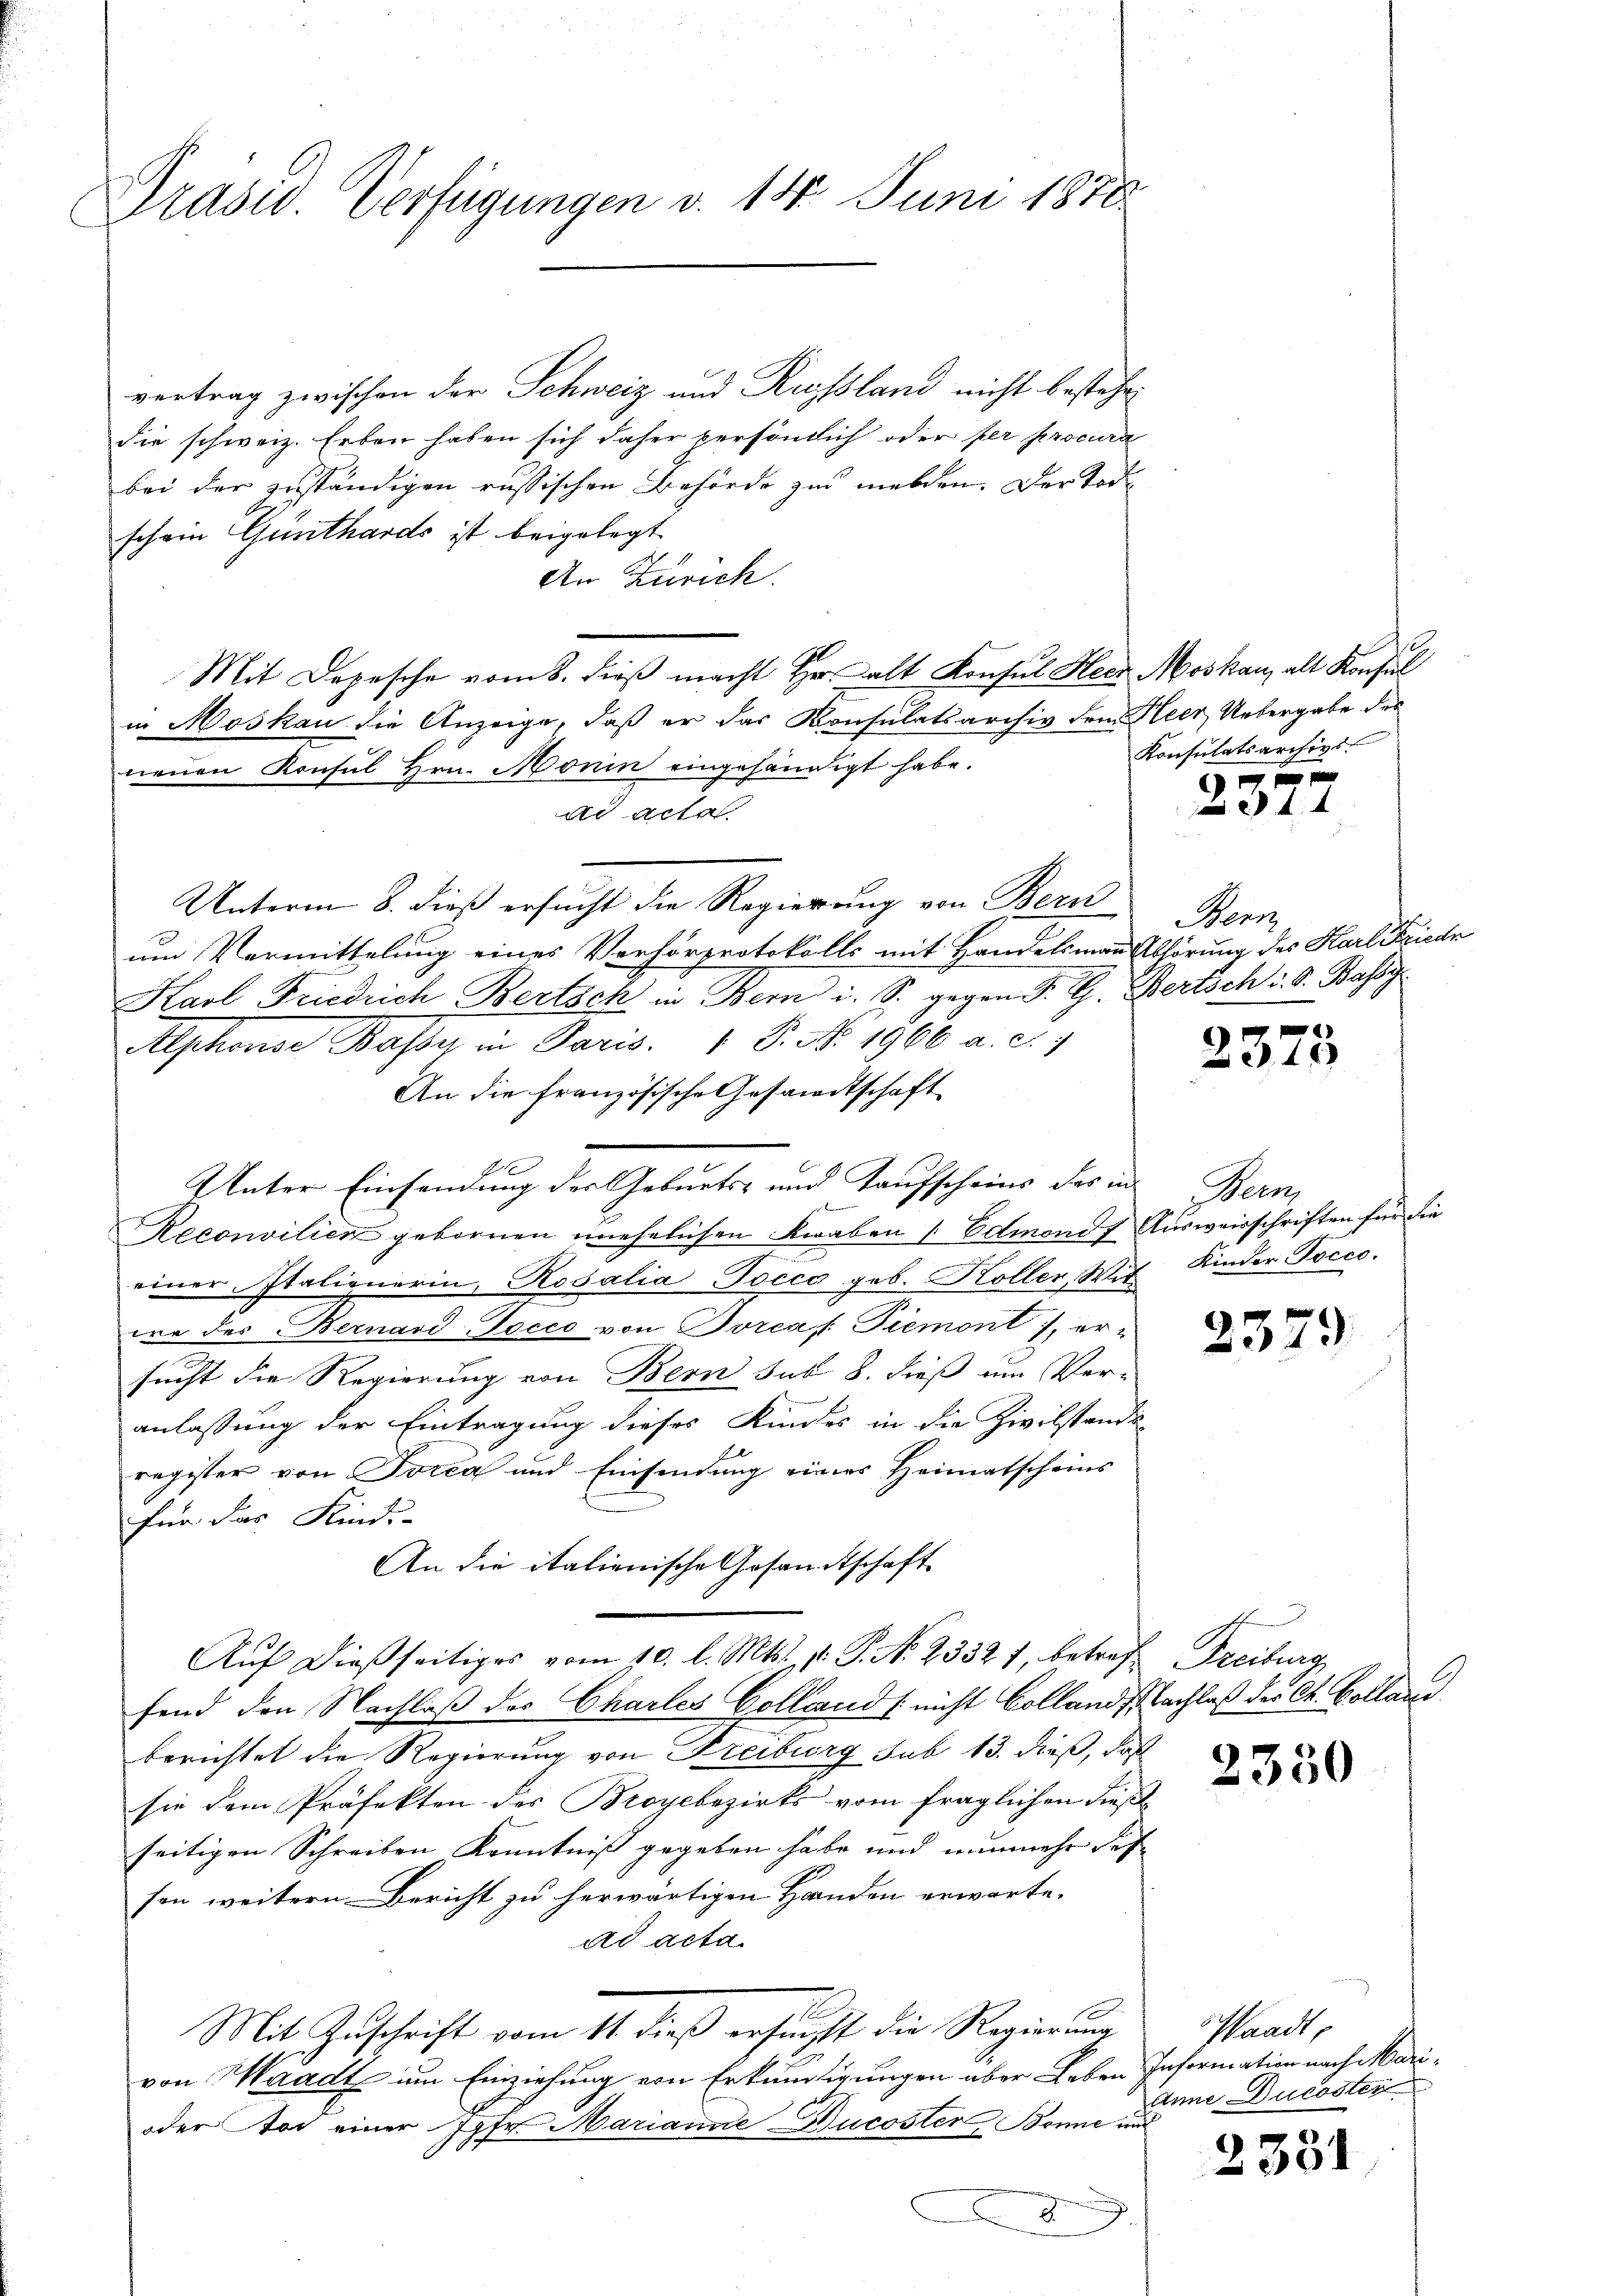
Präsid. Verfügungen v. 14. Juni 1878

vertrag zwischen der Schweiz und Russland nicht bestehen
die schweiz. Erben haben sich daher versönlich oder per procura
bei der zuständigen russischen Behörde zu melden. Der Todschein Günthards ist beigelegt.
An Zürich.
Mit Depesche vom 8. dieß macht Hr. alt Konsul Herr Moskau, alt Konsul
in Moskau die Anzeige, daß er das Konsulatsarchiv dem Heer, Uebergabe des
neuen Konsul Hrn. Monin eingehändigt habe.
ad acta
Unterm 8. dieß ersucht die Regierung von Bern
um Vormittelung eines Verhörprotokolls mit Handelsmann Abhörung des Karl Friedr
Karl Friedrich Bertsch in Bern i. S. gegen P. G. Bertsch: S. Bassy
Alphonse Bassy in Paris. 1 S. Nr. 1966 a. c.
An die französische Gesandtschaft
Unter Einsendung der Geburts- und Taufscheins des in Bern
Reconsilien gebornen unehelichen Knaben (Edmond Ausweisschriften für die
einer Italignerin, Rosalia-Pocco geb. Koller, Wit
we des Bernard-Tocco von Torca, Piemont), ersucht die Regierung von Bern sub 8. dieß um Ver-
anlassung der Eintragung dieses Kindes in die Zivilstands
register von Torca und Einsendung eines Heimatscheins
für das Kinde-
An die italienische Gesandtschaft
Aŭf dießseitiges vom 10. l. Mts. v. P. N. 2332 f. betref Freiburg
fend den Nachlaß des Chartes Collands nicht Collandsachlaß der St. Bolland
berichtet die Regierung von Freiburg sub 13. dieß, daß
sie dem Präfekten des Broyebezirks vom fraglichen diese
seitigen Schreiben Kenntniß gegeben habe und nunmehr des
fen weitern Bericht zu herwärtigen Handen erwarte.
ad acta
Mit Zuschrift vom 11. dieß erfunft die Regierung
von Waadt um Einziehung von Erkundigungen aber Leben Information nach Mari¬
oder Tod einer Jgfr. Marianne Ducoster Bonne und
)

Konsulatsarchivs

Menz

f
25

46

Kinder Pocco.

2579

2330

Waadt,
Anne Ducoster

2351